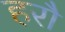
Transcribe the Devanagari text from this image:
हरौ